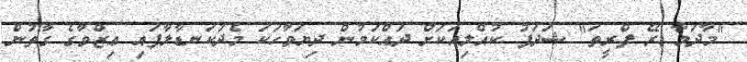
"މާދަމާ ރޭ ފްރީތަ" ޝަދަފު ކުއްލިއަކަށް ދައްކަމުން ދިޔަވާހަކަ މެދުކަނޑާލާފައި ޢިޒްވާގެ ގާތުން